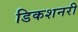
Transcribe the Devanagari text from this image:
डिकशनरी